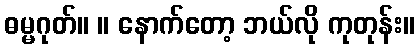
ဓမ္မဂုတ်။ ။ နောက်တော့ ဘယ်လို ကုတုန်း။